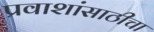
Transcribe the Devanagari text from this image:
प्रवाशांसाठीचा